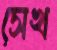
সেখ